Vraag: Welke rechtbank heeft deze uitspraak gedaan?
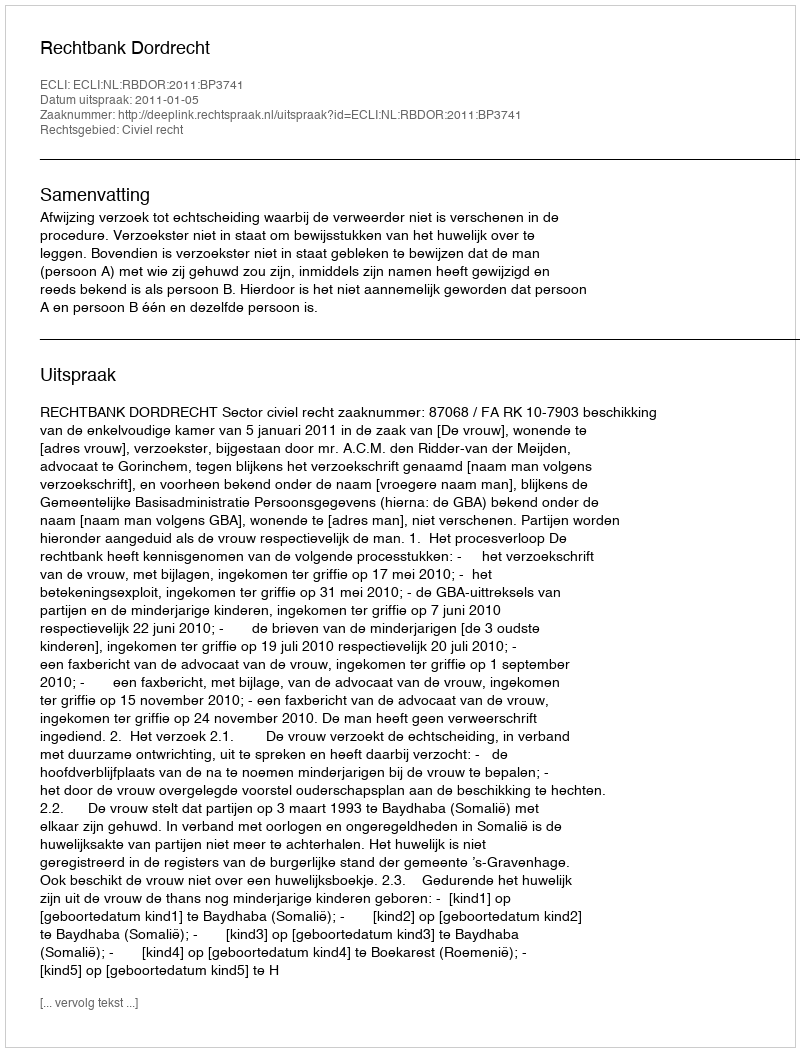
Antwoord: Rechtbank Dordrecht